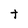
Character: t